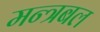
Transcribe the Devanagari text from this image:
मन्त्रबल